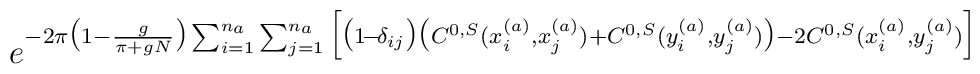
e^{ -2\pi\big(1-\frac{g}{\pi+gN}\big)\sum_{i=1}^{n_a}\sum_{j=1}^{n_a}\Big[\big(1\!-\!\delta_{ij}\big)\big(C^{0,S}(x_i^{(a)},x_j^{(a)})+C^{0,S}(y_i^{(a)},y_j^{(a)})\big)-2C^{0,S}(x_i^{(a)},y_j^{(a)}) \Big] }